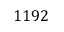
1 1 9 2